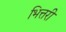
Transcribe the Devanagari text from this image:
भित्तरी